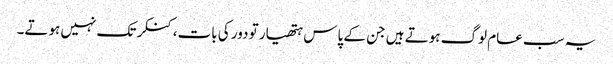
یہ سب عام لوگ ہوتے ہیں جن کے پاس ہتھیار تو دور کی بات،کنکر تک نہیں ہوتے۔